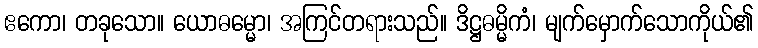
ဧကော၊ တခုသော။ ယောဓမ္မော၊ အကြင်တရားသည်။ ဒိဋ္ဌဓမ္မိကံ၊ မျက်မှောက်သောကိုယ်၏